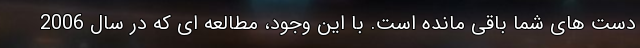
دست های شما باقی مانده است. با این وجود، مطالعه ای که در سال 2006